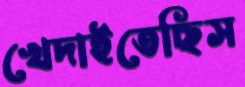
খেদাইতেছিস